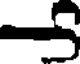
5